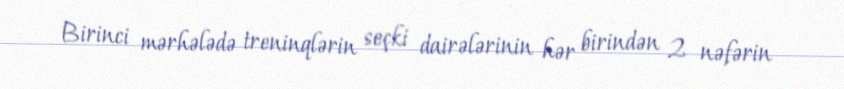
Birinci mərhələdə treninqlərin seçki dairələrinin hər birindən 2 nəfərin